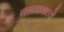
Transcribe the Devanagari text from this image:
बाळामध्ये